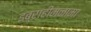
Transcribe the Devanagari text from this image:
इब्राहीमनामा